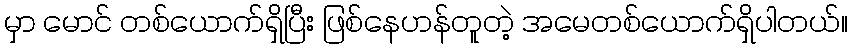
မှာ မောင် တစ်ယောက်ရှိပြီး ဖြစ်နေဟန်တူတဲ့ အမေတစ်ယောက်ရှိပါတယ်။